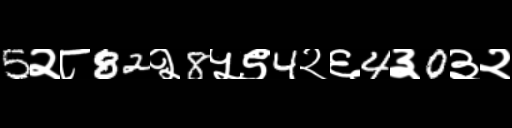
Text: 5२८82२8५९4२६4३0३२